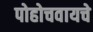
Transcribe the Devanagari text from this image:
पोहोचवायचे